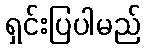
ရှင်းပြပါမည်